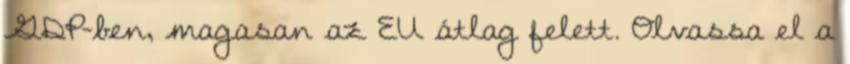
GDP-ben, magasan az EU átlag felett. Olvassa el a